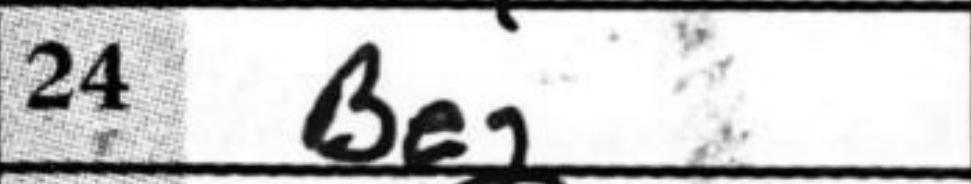
Transcription: Be2